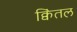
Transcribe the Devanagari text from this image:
क्विंतल